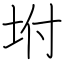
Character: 坿